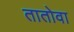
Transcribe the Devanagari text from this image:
तातोवा